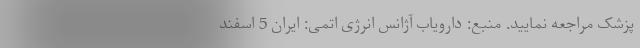
پزشک مراجعه نمایید. منبع: دارویاب آژانس انرژی اتمی: ایران 5 اسفند